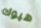
هيوك